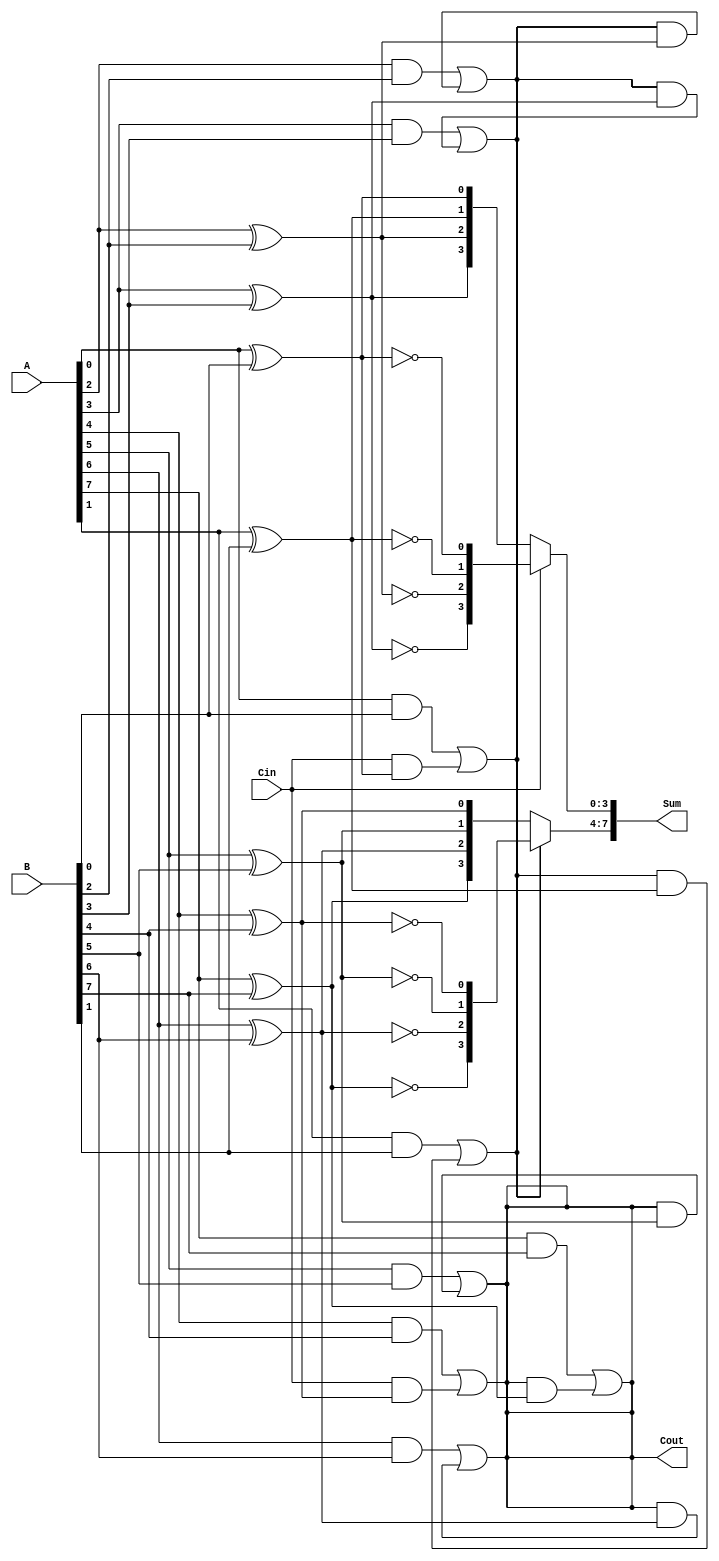
module carry_select_adder #(parameter WIDTH = 8, BLOCK_SIZE = 4) (
    input  wire [WIDTH-1:0] A,
    input  wire [WIDTH-1:0] B,
    input  wire Cin,
    output wire [WIDTH-1:0] Sum,
    output wire Cout
);

    // Number of blocks
    localparam NUM_BLOCKS = WIDTH / BLOCK_SIZE;

    // Internal wires for sums and carries
    wire [BLOCK_SIZE-1:0] Sum0 [0:NUM_BLOCKS-1];
    wire [BLOCK_SIZE-1:0] Sum1 [0:NUM_BLOCKS-1];
    wire [BLOCK_SIZE:0] Cout0, Cout1;

    // Generate logic for each block
    genvar i, j;
    generate
        for (i = 0; i < NUM_BLOCKS; i = i + 1) begin : BLOCK
            for (j = 0; j < BLOCK_SIZE; j = j + 1) begin : BIT
                // Indices for the current block
                wire [BLOCK_SIZE-1:0] A_block = A[i*BLOCK_SIZE +: BLOCK_SIZE];
                wire [BLOCK_SIZE-1:0] B_block = B[i*BLOCK_SIZE +: BLOCK_SIZE];
                
                // Compute Sum0 and Sum1
                assign Sum0[i][j] = A_block[j] ^ B_block[j] ^ 1'b0; // Cin = 0
                assign Sum1[i][j] = A_block[j] ^ B_block[j] ^ 1'b1; // Cin = 1

                // Carry generation
                wire c_in = (j == 0) ? Cin : Cout0[i];
                assign Cout0[i] = (A_block[j] & B_block[j]) | (c_in & (A_block[j] ^ B_block[j]));
                assign Cout1[i] = (A_block[j] & B_block[j]) | (1'b1 & (A_block[j] ^ B_block[j]));
            end
        end
    endgenerate

    // MUX logic to select appropriate sums based on the carry-in
    generate
        for (i = 0; i < NUM_BLOCKS; i = i + 1) begin : MUX
            if (i == 0) begin
                assign Sum[i*BLOCK_SIZE +: BLOCK_SIZE] = (Cin) ? Sum1[i] : Sum0[i];
            end else begin
                assign Sum[i*BLOCK_SIZE +: BLOCK_SIZE] = (Cout0[i-1]) ? Sum1[i] : Sum0[i];
            end
        end
    endgenerate

    // Final carry-out
    assign Cout = Cout0[NUM_BLOCKS-1];

endmodule